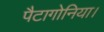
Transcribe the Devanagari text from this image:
पैटागोनिया।